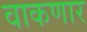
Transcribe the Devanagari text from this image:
वाकणार